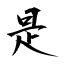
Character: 是